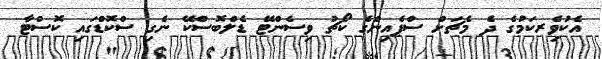
އެކުވެިރކަމުގެ ދެ މެޗަށް ސްޕެއިންގެ ކޯޗު ވިސެންޓޭ ޑެލްބޮސްކޭ ނެގި ސްކޮޑްގައި ކޮސްޓާ